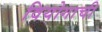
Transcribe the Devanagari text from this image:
वियोगाची